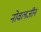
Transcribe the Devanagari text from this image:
नोवलजीन